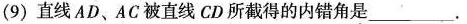
(9) 直线AD、AC被直线CD所截得的内错角是___.